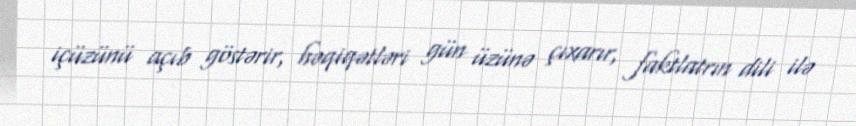
içüzünü açıb göstərir, həqiqətləri gün üzünə çıxarır, faktlatrın dili ilə